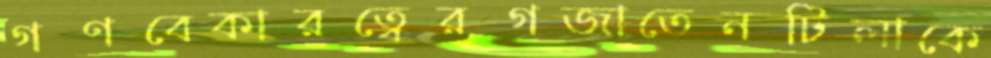
গণবেকারত্বেরগজাতেনটিলাকে